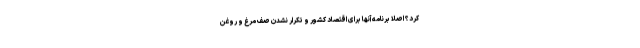
کرد؟ اصلا برنامه آنها برای اقتصاد کشور و تکرار نشدن صف مرغ و روغن